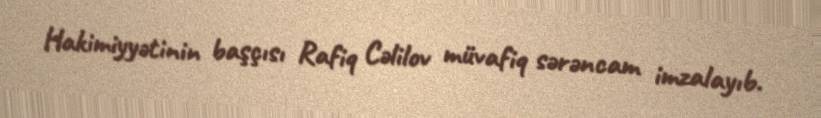
Hakimiyyətinin başçısı Rafiq Cəlilov müvafiq sərəncam imzalayıb.